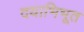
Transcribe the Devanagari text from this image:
दयाभिभूत